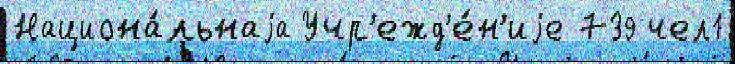
Национа́льнаjа Учр'ежд'е́н'иjе 739 чел1